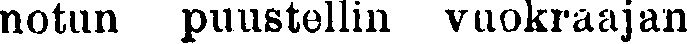
notun puustellin vuokraajan